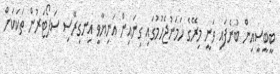
ބީބީސީއިން ބުނެފައި ވަނީ މިރޭގެ ހަމަނުޖެހުމުގައި ގިނައިން އަނިޔާވީ އިނގިރޭސި ސަޕޯޓަރުން ތަކަކަށް